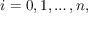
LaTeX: i = 0 , 1 , \ldots , n ,